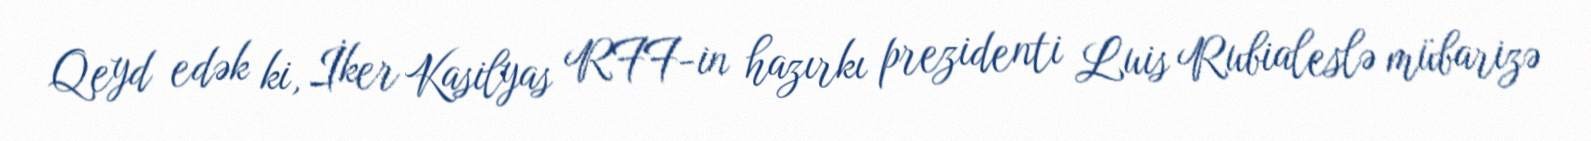
Qeyd edək ki, İker Kasilyas RFF-in hazırkı prezidenti Luis Rubialeslə mübarizə